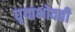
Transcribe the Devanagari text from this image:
धृवाभोवती